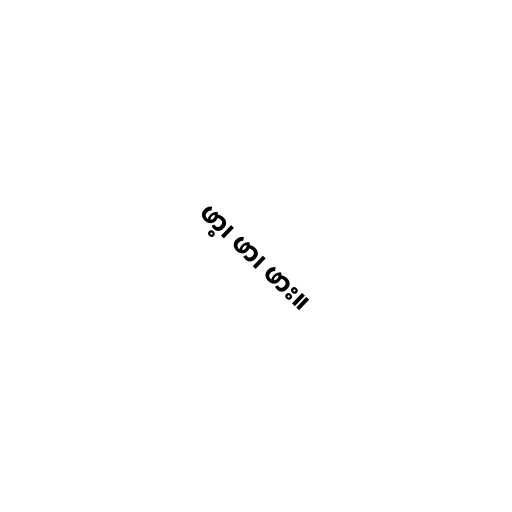
ဖာ့၊ ဖာ၊ ဖား။